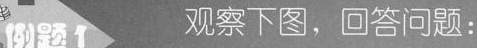
例题1 观察下图，回答问题：